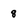
Character: 8